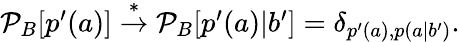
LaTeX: \begin{array}{r}{\mathcal{P}_{B}[p^{\prime}(a)]\stackrel{*}{\rightarrow}\mathcal{P}_{B}[p^{\prime}(a)|b^{\prime}]=\delta_{p^{\prime}(a),p(a|b^{\prime})}.}\end{array}